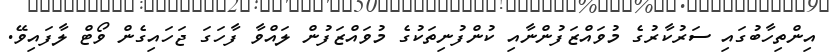
އިންތިހާބުގައި ސަރުކާރުގެ މުވައްޒަފުންނާއި ކުންފުނިތަކުގެ މުވައްޒަފުން ލައްވާ ފާހަގަ ޖަހައިގެން ވޯޓް ލާފައިވޭ.